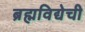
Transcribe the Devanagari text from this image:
ब्रह्मविद्येची